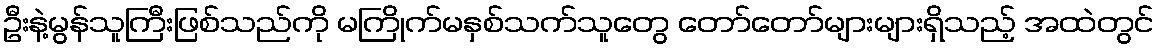
ဦးနဲ့မွန်သူကြီးဖြစ်သည်ကို မကြိုက်မနှစ်သက်သူတွေ တော်တော်များများရှိသည့် အထဲတွင်